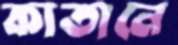
কাতানে